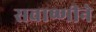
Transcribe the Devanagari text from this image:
सवाष्णीने